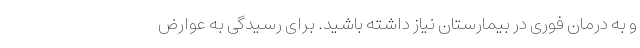
و به درمان فوری در بیمارستان نیاز داشته باشید. برای رسیدگی به عوارض